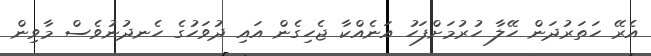
އެރޭ ހަތަރުދަން ހޭލާ ހުރުމަށްފަހު އަނެއްކާ ޖެހިގެން އައި ދުވަހުގެ ހެނދުނުވެސް މާވިން